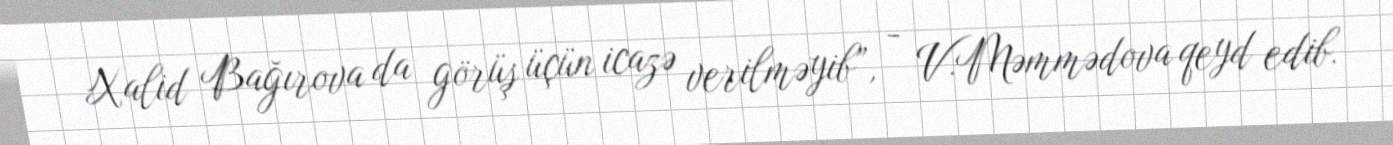
Xalid Bağırova da görüş üçün icazə verilməyib”, - V.Məmmədova qeyd edib.